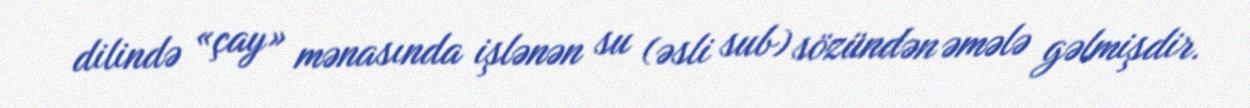
dilində «çay» mənasında işlənən su (əsli sub) sözündən əmələ gəlmişdir.